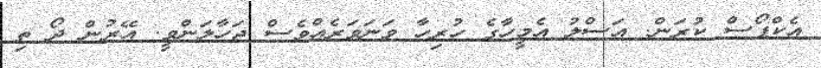
އެކްޕޯސް ކުރަން. އަސްލު އެމީހާގެ ހުރިހާ ވަނަވަރެއްވެސް ޖަހާލަންވީ. އޭރުން ދޯ ތި